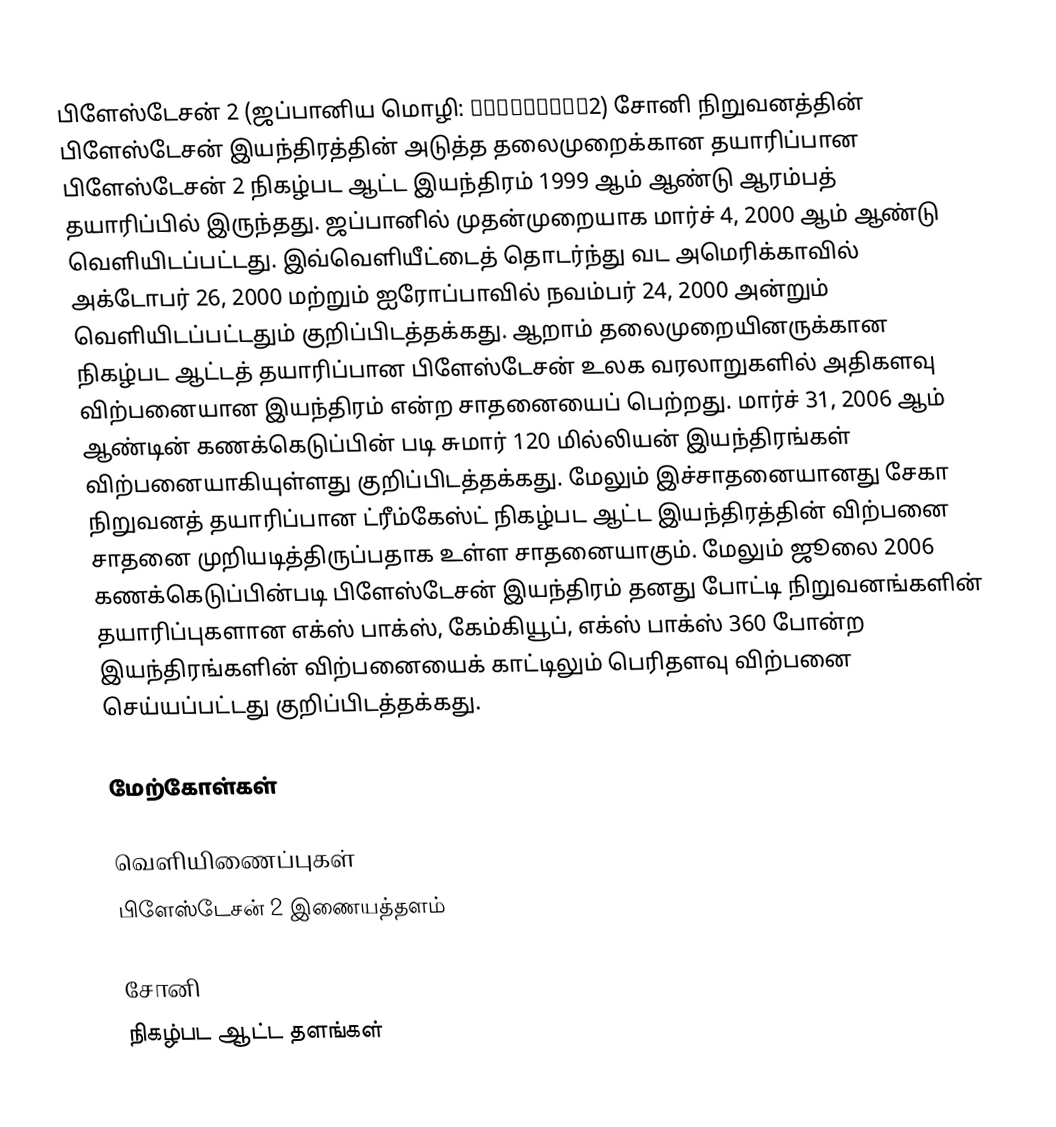
பிளேஸ்டேசன் 2 (ஜப்பானிய மொழி: プレイステーション2) சோனி நிறுவனத்தின் பிளேஸ்டேசன் இயந்திரத்தின் அடுத்த தலைமுறைக்கான தயாரிப்பான பிளேஸ்டேசன் 2 நிகழ்பட ஆட்ட இயந்திரம் 1999 ஆம் ஆண்டு ஆரம்பத் தயாரிப்பில் இருந்தது. ஜப்பானில் முதன்முறையாக மார்ச் 4, 2000 ஆம் ஆண்டு வெளியிடப்பட்டது. இவ்வெளியீட்டைத் தொடர்ந்து வட அமெரிக்காவில் அக்டோபர் 26, 2000 மற்றும் ஐரோப்பாவில் நவம்பர் 24, 2000 அன்றும் வெளியிடப்பட்டதும் குறிப்பிடத்தக்கது. ஆறாம் தலைமுறையினருக்கான நிகழ்பட ஆட்டத் தயாரிப்பான பிளேஸ்டேசன் உலக வரலாறுகளில் அதிகளவு விற்பனையான இயந்திரம் என்ற சாதனையைப் பெற்றது. மார்ச் 31, 2006 ஆம் ஆண்டின் கணக்கெடுப்பின் படி சுமார் 120 மில்லியன் இயந்திரங்கள் விற்பனையாகியுள்ளது குறிப்பிடத்தக்கது. மேலும் இச்சாதனையானது சேகா நிறுவனத் தயாரிப்பான ட்ரீம்கேஸ்ட் நிகழ்பட ஆட்ட இயந்திரத்தின் விற்பனை சாதனை முறியடித்திருப்பதாக உள்ள சாதனையாகும். மேலும் ஜூலை 2006 கணக்கெடுப்பின்படி பிளேஸ்டேசன் இயந்திரம் தனது போட்டி நிறுவனங்களின் தயாரிப்புகளான எக்ஸ் பாக்ஸ், கேம்கியூப், எக்ஸ் பாக்ஸ் 360 போன்ற இயந்திரங்களின் விற்பனையைக் காட்டிலும் பெரிதளவு விற்பனை செய்யப்பட்டது குறிப்பிடத்தக்கது.

மேற்கோள்கள்

வெளியிணைப்புகள்
 பிளேஸ்டேசன் 2 இணையத்தளம்

சோனி
நிகழ்பட ஆட்ட தளங்கள்